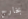
بخارج